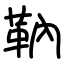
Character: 靹